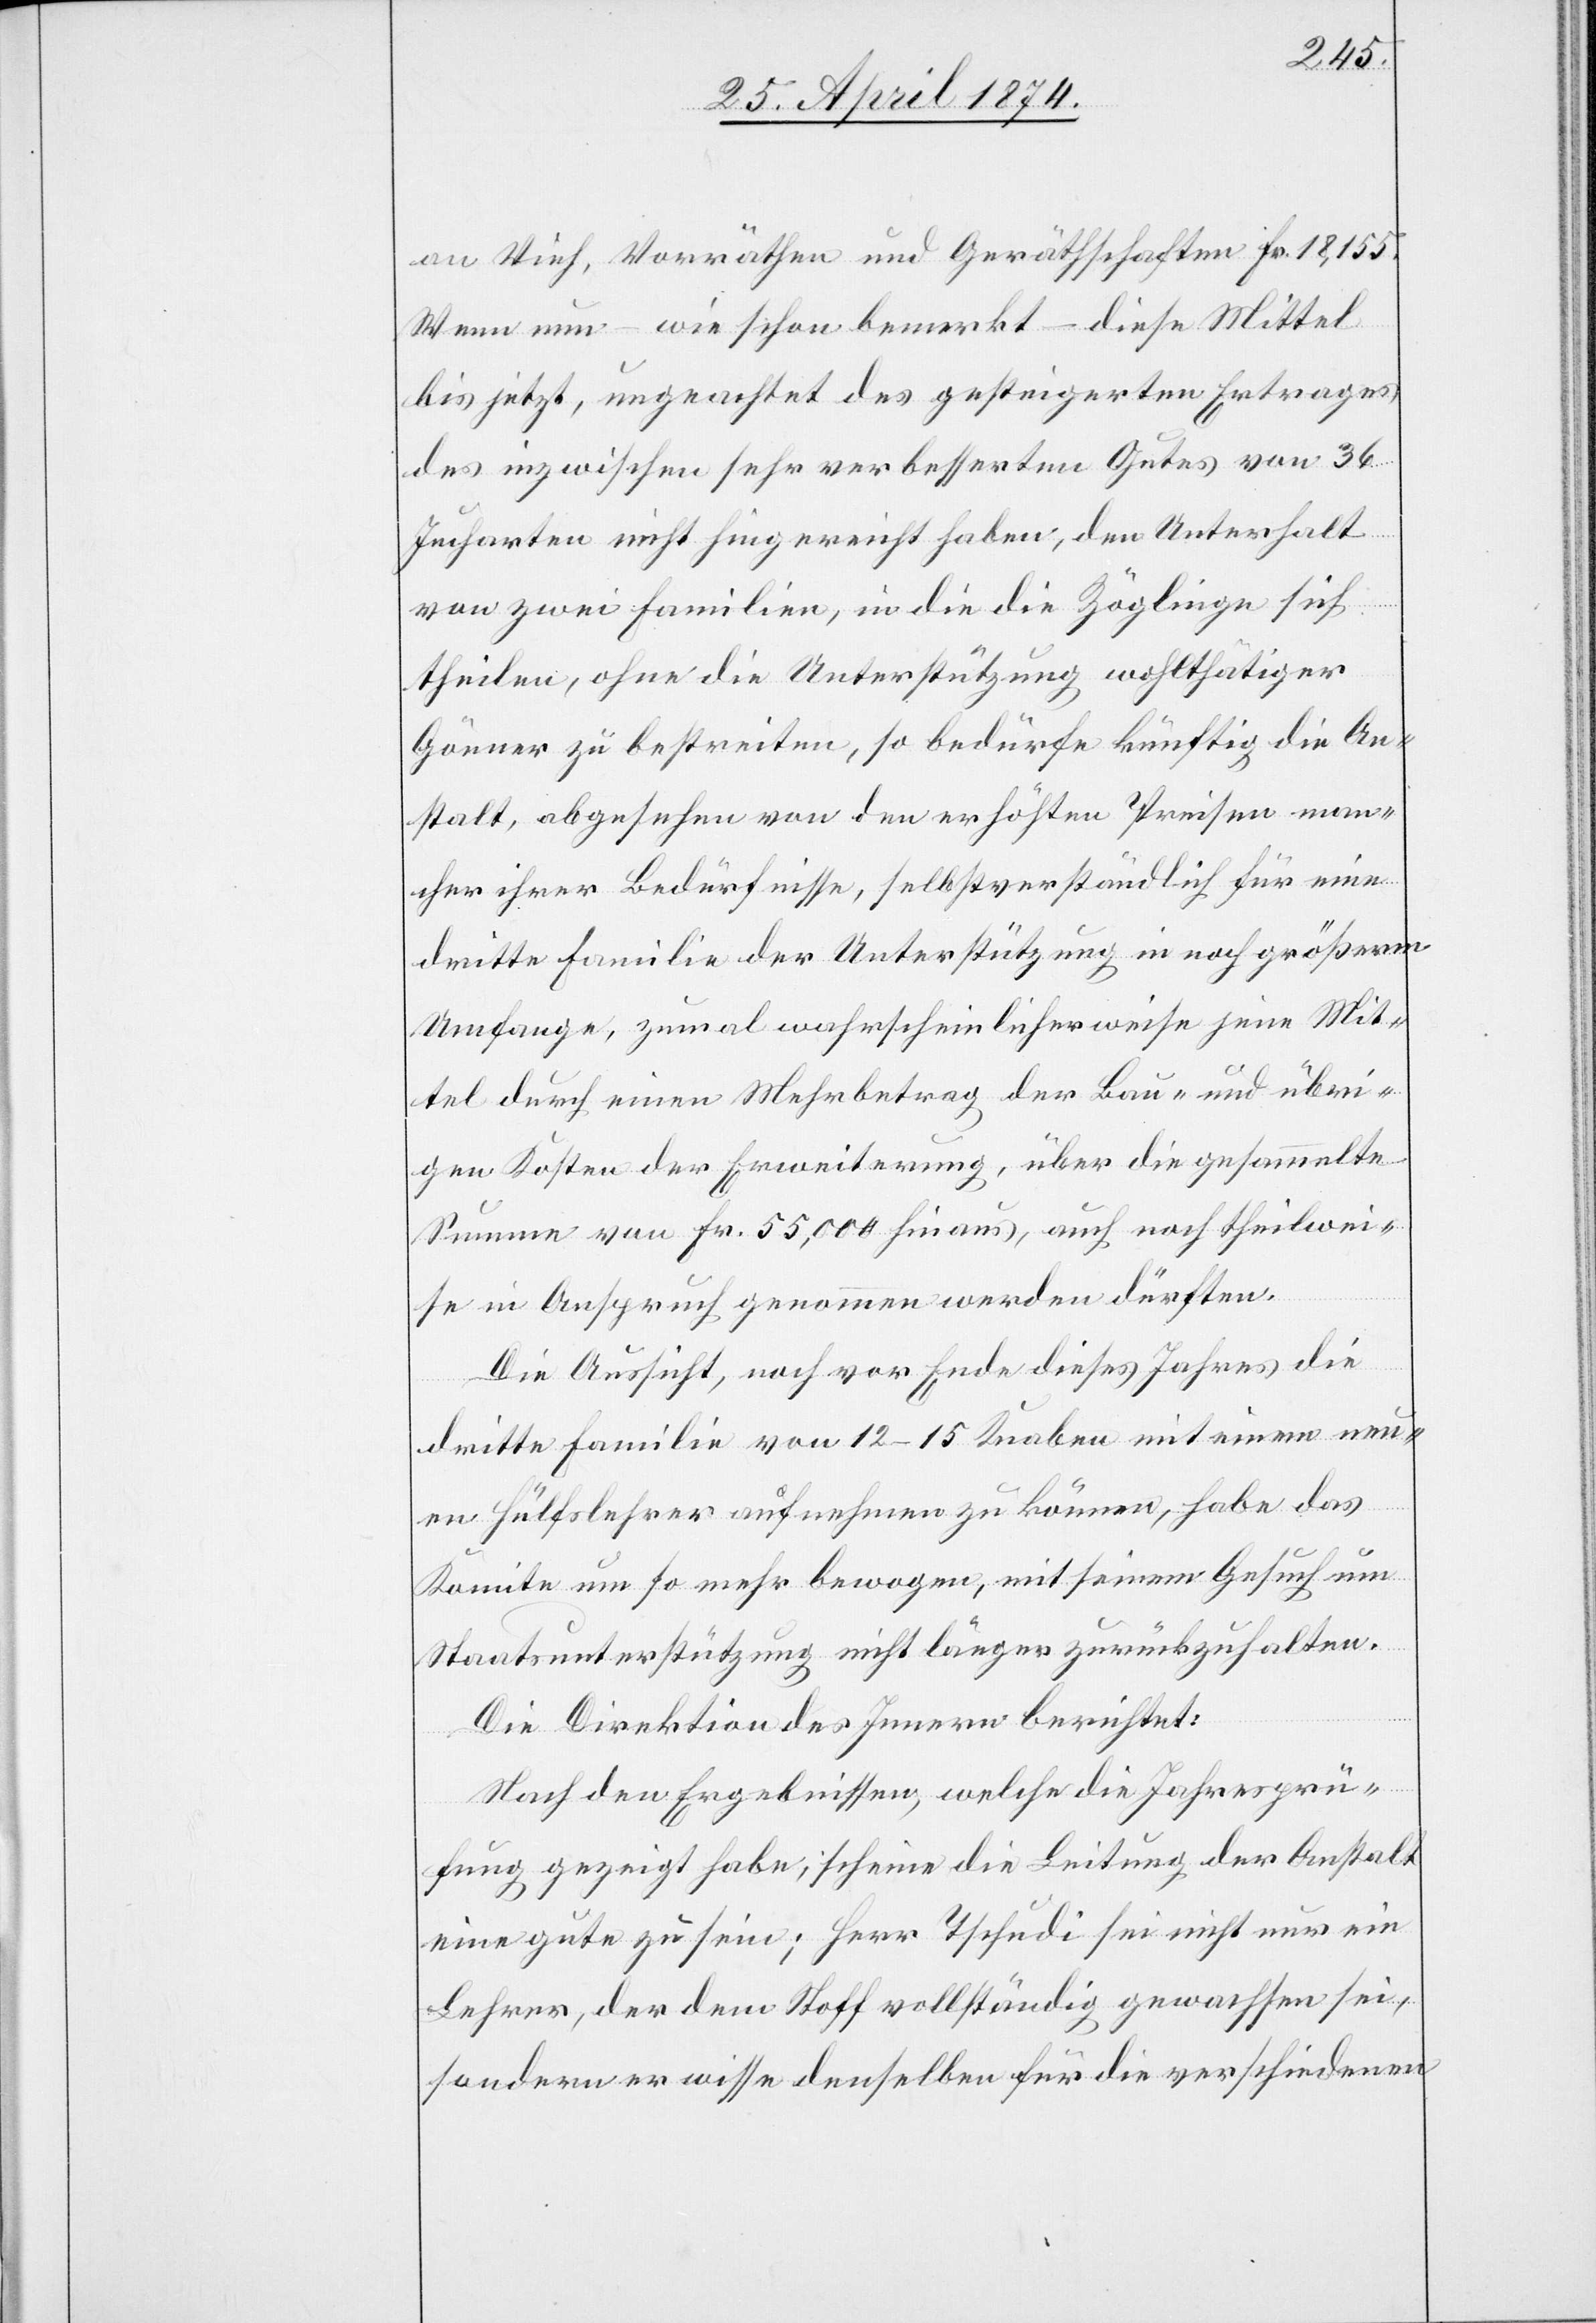
an Vieh, Vorräthen und Gerätschaften Fr. 18,155.
Wenn nun – wie schon bemerkt – diese Mittel
bis jetzt, ungeachtet des gesteigerten Ertrages
des inzwischen sehr verbesserten Gutes von 36
Jucharten nicht hingereicht haben, den Unterhalt
von zwei Familien, in die die Zöglinge sich
theilen, ohne die Unterstützung wohlthätiger
Gönner zu bestreiten, so bedürfe künftig die An¬
stalt, abgesehen von den erhöhten Preisen man¬
cher ihrer Bedürfnisse, selbstverständlich für eine
dritte Familie der Unterstützung in noch größerem
Umfange, zumal wahrscheinlicherweise seine Mit¬
tel durch einen Mehrbetrag der Bau- übri¬
gen Kosten der Erweiterung, über die gesammelte
Summe von Fr. 55,000 hinaus, auch noch theilwei¬
se mit Anspruch genommen werden dürften.
Die Aussicht, noch vor Ende dieses Jahres die
dritte Familie von 12–15 Knaben mit einem neu¬
en Hülfslehrer aufnehmen zu können, habe das
Komitee um so mehr bewogen, mit seinem Gesuch um
Staatsunterstützung nicht länger zurückzuhalten.
Die Direktion des Innern berichtet:
Nach den Ergebnissen, welche die Jahresprü¬
fung gezeigt habe; scheine die Leitung der Anstalt
eine gute zu sein; Herr Tschudi sei nicht nur ein
Lehrer, der dem Stoffe vollständig gewachsen sei,
sondern er wisse denselben für die verschiedenen